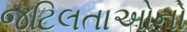
જટિલતાઓનો